Indian journal of veterinary science and animal husbandry - Volume 8,
Year: 1938
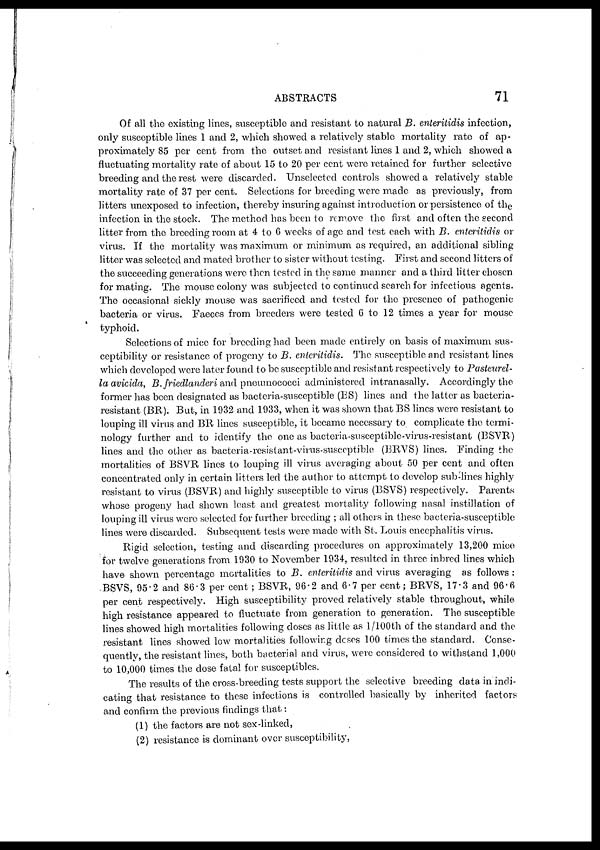
ABSTRACTS
71
Of all the existing lines, susceptible and resistant to natural B. enteritidis infection,
only susceptible lines 1 and 2, which showed a relatively stable mortality rate of ap-
proximately 85 per cent from the outset and resistant lines 1 and 2, which showed a
fluctuating mortality rate of about 15 to 20 per cent were retained for further selective
breeding and the rest were discarded. Unselected controls showed a relatively stable
mortality rate of 37 per cent. Selections for breeding were made as previously, from
litters unexposed to infection, thereby insuring against introduction or persistence of the
infection in the stock. The method has been to remove the first and often the second
litter from the breeding room at 4 to 6 weeks of age and test each with B. enteritidis or
virus. If the mortality was maximum or minimum as required, an additional sibling
litter was selected and mated brother to sister without testing. First and second litters of
the succeeding generations were then tested in the same manner and a third litter chosen
for mating. The mouse colony was subjected to continued search for infectious agents.
The occasional sickly mouse was sacrificed and tested for the presence of pathogenic
bacteria or virus. Faeces from breeders were tested 6 to 12 times a year for mouse
typhoid.
Selections of mice for breeding had been made entirely on basis of maximum sus-
ceptibility or resistance of progeny to B. enteritidis. The susceptible and resistant lines
which developed were later found to be susceptible and resistant respectively to Pasteurel¬
la avicida, B. friedlanderi and pneumococci administered intranasally. Accordingly the
former has been designated as bacteria-susceptible (BS) lines and the latter as bacteria-
resistant (BR). But, in 1932 and 1933, when it was shown that BS lines were resistant to
louping ill virus and BR. lines susceptible, it became necessary to complicate the termi-
nology further and to identify the one as bacteria-susceptible-virus-resistant (BSVR)
lines and the other as bacteria-resistant-virus-susceptible (BRVS) lines. Finding the
mortalities of BSVR lines to louping ill virus averaging about 50 per cent and often
concentrated only in certain litters led the author to attempt to develop sub-lines highly
resistant to virus (BSVR) and highly susceptible to virus (BSVS) respectively. Parents
whose progeny had shown least and greatest mortality following nasal instillation of
louping ill virus were selected for further breeding ; all others in these bacteria-susceptible
lines were discarded. Subsequent tests were made with St. Louis encephalitis virus.
Rigid selection, testing and discarding procedures on approximately 13,200 mice
for twelve generations from 1930 to November 1934, resulted in three inbred lines which
have shown percentage mortalities to B. enteritidis and virus averaging as follows:
BSVS, 95.2 and 86.3 per cent; BSVR, 96.2 and 6.7 per cent; BRVS, 17.3 and 96.6
per cent respectively. High susceptibility proved relatively stable throughout, while
high resistance appeared to fluctuate from generation to generation. The susceptible
lines showed high mortalities following doses as little as 1/100th of the standard and the
resistant lines showed low mortalities following doses 100 times the standard. Conse-
quently, the resistant lines, both bacterial and virus, were considered to withstand 1,000
to 10,000 times the dose fatal for susceptibles.
The results of the cross-breeding tests support the selective breeding data in indi-
cating that resistance to these infections is controlled basically by inherited factors
and confirm the previous findings that:
(1) the factors are not sex-linked,
(2) resistance is dominant over susceptibility,